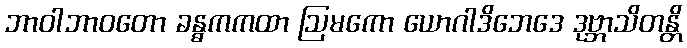
ဘာဝါဘာဝတော ခန္ဓကကထာ ဩမကော ယောဂါဒိဘေဒေ ဒုဗ္ဘာသိတန္တိ